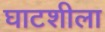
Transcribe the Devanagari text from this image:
घाटशीला